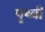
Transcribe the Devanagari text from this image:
पृथ्बी